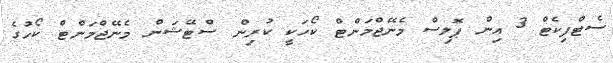
ސެޓްފިކެޓް 3 އިން ޕޮލިސް މެނޭޖްމަންޓް ކޯހަކީ ކުރިން ސްޓޭޝަން މެނޭޖްމަންޓް ކޯހުގެ